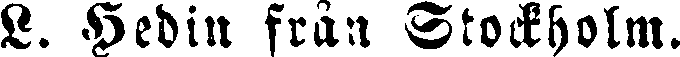
L. Hedin från Stockholm.